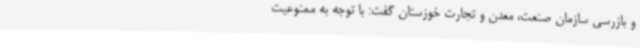
و بازرسی سازمان صنعت، معدن و تجارت خوزستان گفت: با توجه به ممنوعیت